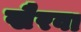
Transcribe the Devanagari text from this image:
खैरवा